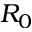
R _ { 0 }